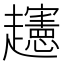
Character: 𧾨